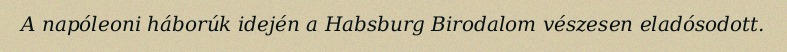
A napóleoni háborúk idején a Habsburg Birodalom vészesen eladósodott.